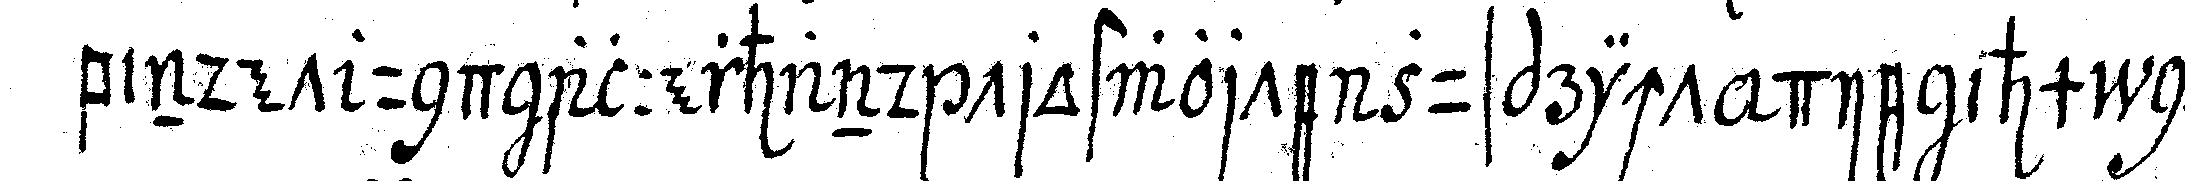
bindet und allerhand trostworte zuspricht die ihm noch